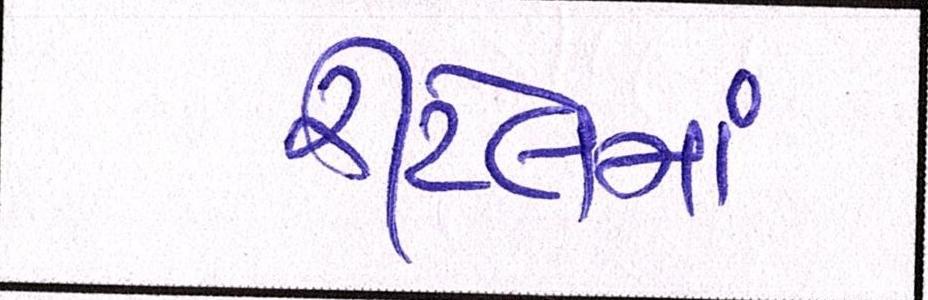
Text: રીટેલમાં